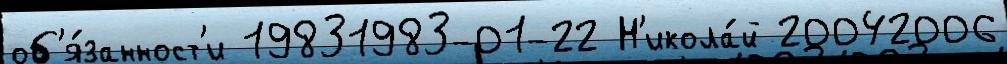
об'я́занност'и 19831983-01-22 Н'икола́й 20042006